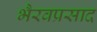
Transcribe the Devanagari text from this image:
भैरवप्रसाद